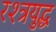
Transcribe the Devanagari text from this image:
रश्त्रयुद्ध